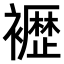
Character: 𫌕